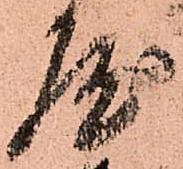
屋